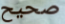
صحيح